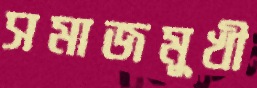
সমাজমুখী